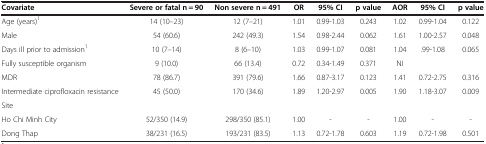
| Covariate | Severe or fatal n = 90 | Non severe n = 491 | OR | 95% CI | p value | AOR | 95% CI | p value |
 | --- | --- | --- | --- | --- | --- | --- | --- | --- |
 | Age (years)1 | 14 (10–23) | 12 (7–21) | 1.01 | 0.99-1.03 | 0.243 | 1.02 | 0.99-1.04 | 0.122 |
 | Male | 54 (60.6) | 242 (49.3) | 1.54 | 0.98-2.44 | 0.062 | 1.61 | 1.00-2.57 | 0.048 |
 | Days ill prior to admission1 | 10 (7–14) | 8 (6–10) | 1.03 | 0.99-1.07 | 0.081 | 1.04 | .99-1.08 | 0.065 |
 | Fully susceptible organism | 9 (10.0) | 66 (13.4) | 0.72 | 0.34-1.49 | 0.371 | NI |  |  |
 | MDR | 78 (86.7) | 391 (79.6) | 1.66 | 0.87-3.17 | 0.123 | 1.41 | 0.72-2.75 | 0.316 |
 | Intermediate ciprofloxacin resistance | 45 (50.0) | 170 (34.6) | 1.89 | 1.20-2.97 | 0.005 | 1.90 | 1.18-3.07 | 0.009 |
 | Site |  |  |  |  |  |  |  |  |
 | Ho Chi Minh City | 52/350 (14.9) | 298/350 (85.1) | 1.00 | - | - | 1.00 | - | - |
 | Dong Thap | 38/231 (16.5) | 193/231 (83.5) | 1.13 | 0.72-1.78 | 0.603 | 1.19 | 0.72-1.98 | 0.501 |